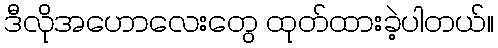
ဒီလိုအဟောလေးတွေ ထုတ်ထားခဲ့ပါတယ်။